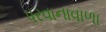
પરવાનાવાળા